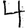
Digit: 4